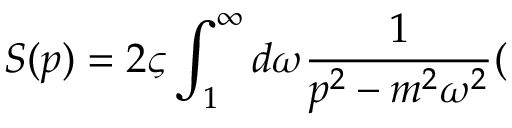
S ( p ) = 2 \varsigma \int _ { 1 } ^ { \infty } d \omega \frac { 1 } { p ^ { 2 } - m ^ { 2 } \omega ^ { 2 } } (